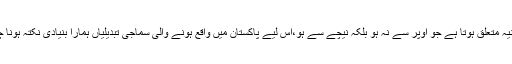
وہ بیانیہ متعلق ہوتا ہے جو اوپر سے نہ ہو بلکہ نیچے سے ہو،اس لیے پاکستان میں واقع ہونے والی سماجی تبدیلیاں ہمارا بنیادی نکتہ ہونا چاہئیں۔